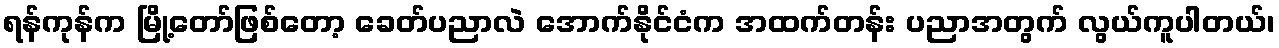
ရန်ကုန်က မြို့တော်ဖြစ်တော့ ခေတ်ပညာလဲ အောက်နိုင်ငံက အထက်တန်း ပညာအတွက် လွယ်ကူပါတယ်၊